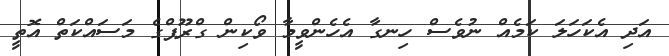
އަދި އެކަހަލަ ކަމެއް ނުވެސް ހިނގާ އެހެންވީމާ ވޯކިން ގްރޫޕްގެ މަސައްކަތް އޮތީ